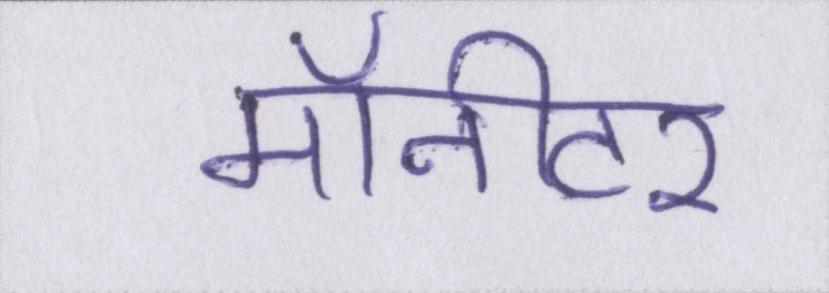
मॉनीटर